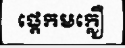
ផ្តេកមក្លឿ